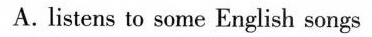
A.listens to some English songs